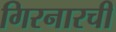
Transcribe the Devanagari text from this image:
गिरनारची